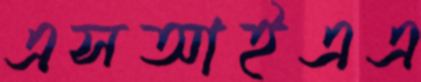
এসআইএএ